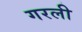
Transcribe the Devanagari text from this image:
गरली